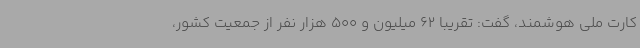
کارت ملی هوشمند، گفت: تقریبا 62 میلیون و 500 هزار نفر از جمعیت کشور،